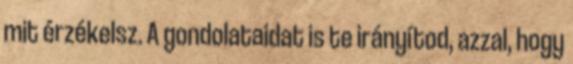
mit érzékelsz. A gondolataidat is te irányítod, azzal, hogy